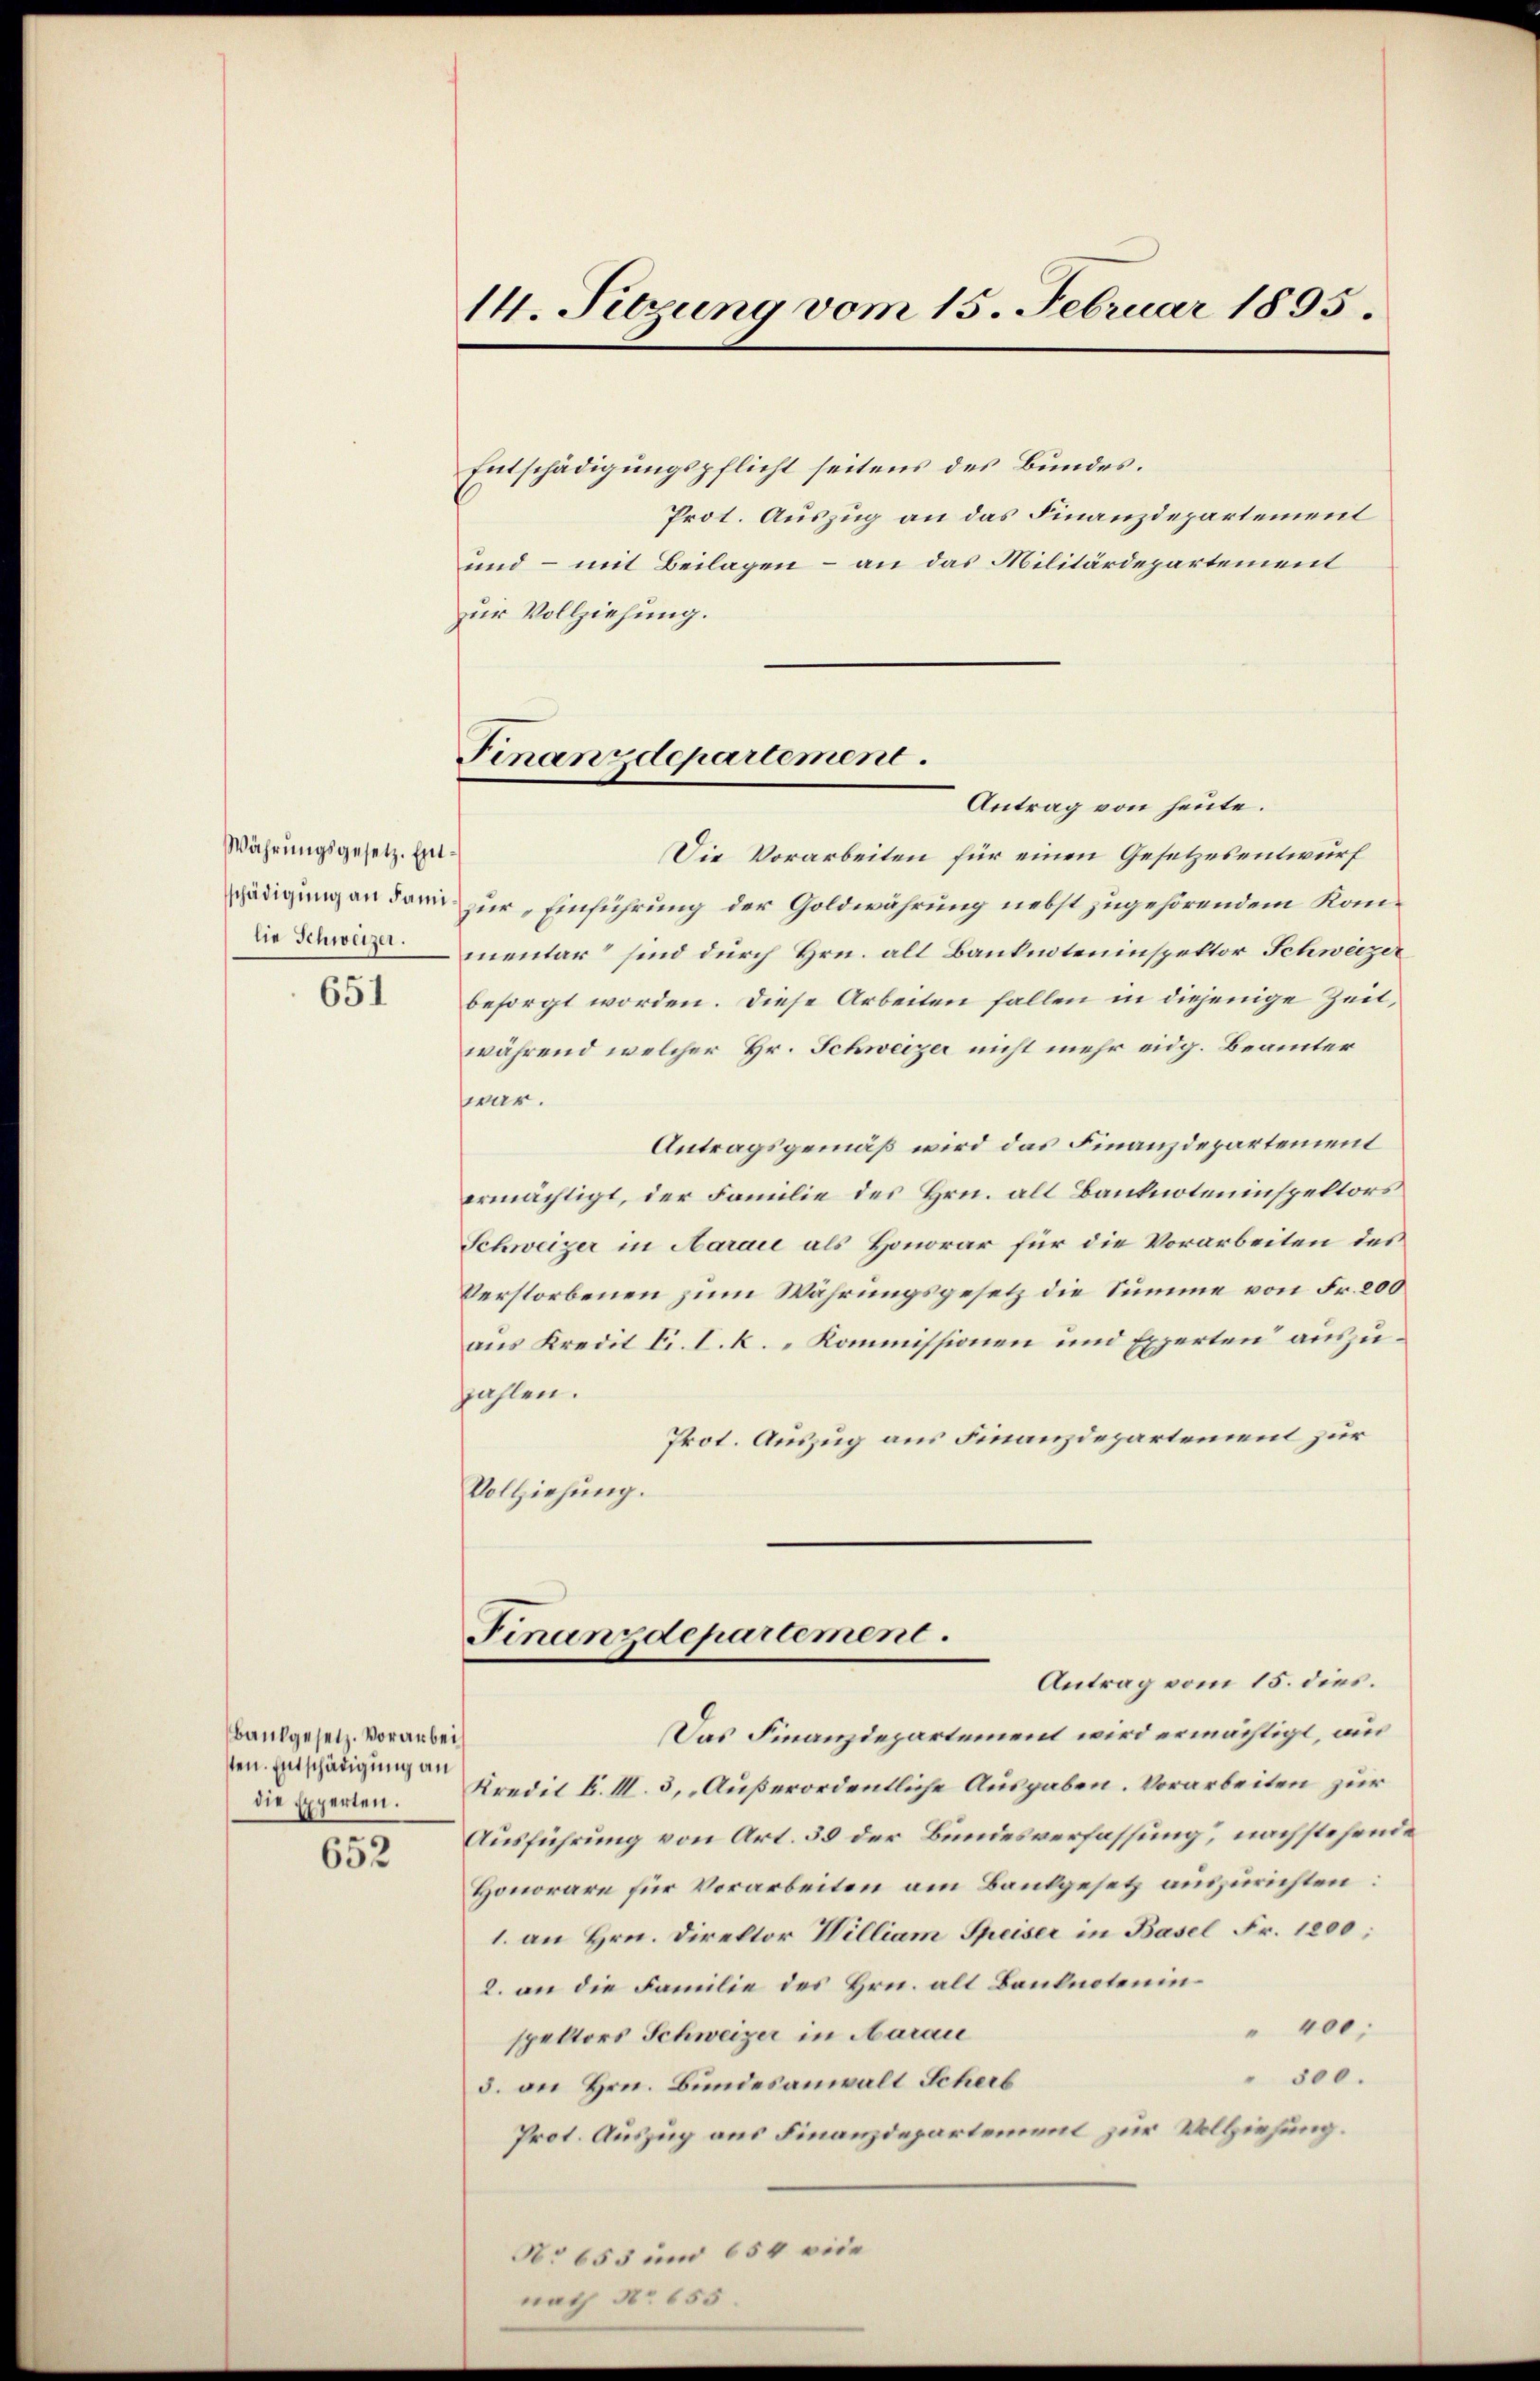
Währungsgesetz. Entdie Schweizer.

651

Bankgesetz. Vorarbeiten. Entschädigung an
die Experten.

652

14. Sitzung vom 15. Februar 1895.

Entschädigungspflicht seitens des Bundes.
Prot. Auszug an das Finanzdepartement
und – mit Beilagen – an das Militärdepartement
zer Vollziehung.
Die Vorarbeiten für einen Gesetzesentwurf
cädigung an dem zur „Einführung der Goldwährung nebst zugehörendem Konmentar sind durch Hrn. all Banknoteninspektor Schweizer
besorgt worden. Diese Arbeiten fallen in diejenige Zeit,
während welcher Hr. Schweizer nicht mehr eidg. Beamter
war.
Antragsgemäß wird das Finanzdepartement
ermächtigt, der Familie des Hrn. all Banknoteninspektors
Schweizer in Aarau als Honorar für die Vorarbeiten des
Verstorbenen zum Währungsgesetz die Summe von Fr. 200
aus Kredit Ci. l. k. Kommissionen und Experten auszuzahlen.
Prot. Auszug aus Finanzdepartement zur
Vollziehung.
Finanzdepartement.
Antrag vom 15. dies.
Das Finanzdepartement wird ermächtigt, au
Kredit b. III. 3, Außerordentliche Ausgaben. Vorarbeiten zur
Ausführung von Art. 38 der Bundesverfassung, nachstehende
Honorare für Vorarbeiten am Bankgesetz auszurichten.
1. an Hrn. Direktor William Speiser in Basel Fr. 1200:
2. an die Familie des Hrn. all Banknotenin¬
" 400;
spektors Schweizer in Aarau
" 500.
5. an Hrn. Bundesanwalt Scheib
Prot. Auszug aus Finanzdepartement zur Vollziehung.
No 655 und 654 vide
nath No 655

Finanzdepartement.
Antrag von heute.